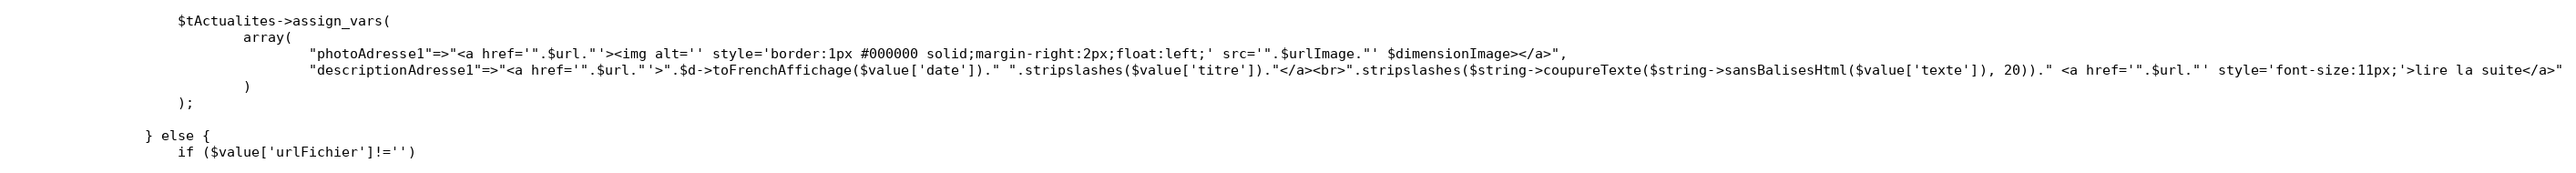
Language: PHP
					$tActualites->assign_vars(
							array(
									"photoAdresse1"=>"<a href='".$url."'><img alt='' style='border:1px #000000 solid;margin-right:2px;float:left;' src='".$urlImage."' $dimensionImage></a>",
									"descriptionAdresse1"=>"<a href='".$url."'>".$d->toFrenchAffichage($value['date'])." ".stripslashes($value['titre'])."</a><br>".stripslashes($string->coupureTexte($string->sansBalisesHtml($value['texte']), 20))." <a href='".$url."' style='font-size:11px;'>lire la suite</a>"
							)
					);

				} else {
					if ($value['urlFichier']!='')